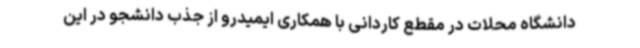
دانشگاه محلات در مقطع کاردانی با همکاری ایمیدرو از جذب دانشجو در این